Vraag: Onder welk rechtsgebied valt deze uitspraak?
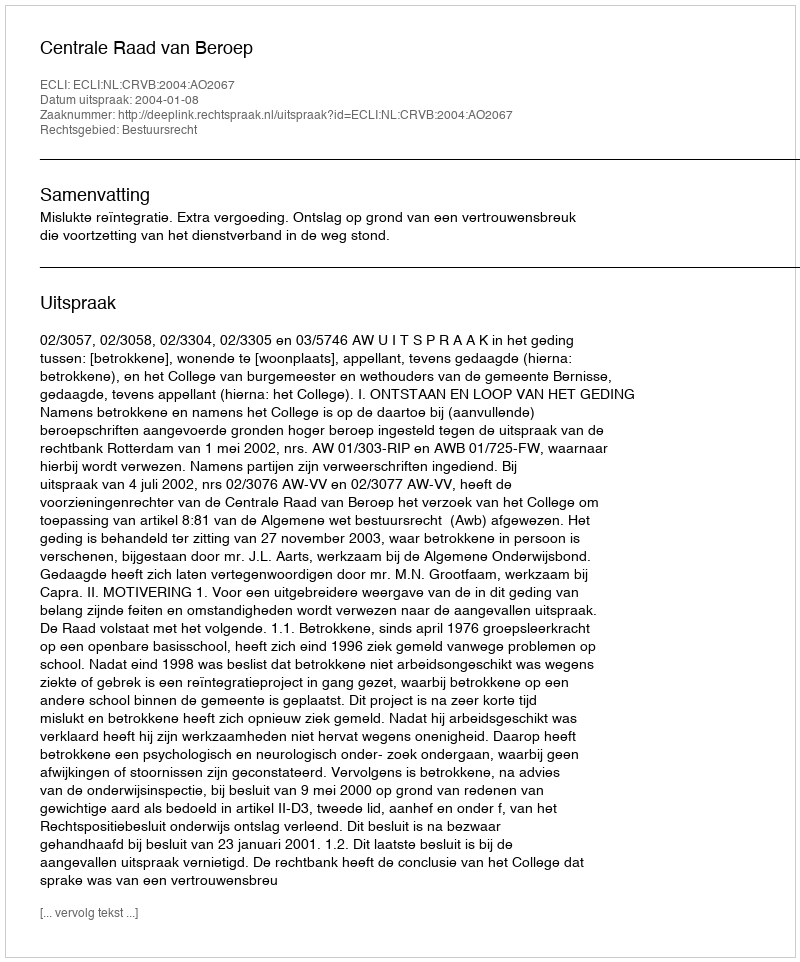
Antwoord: Bestuursrecht